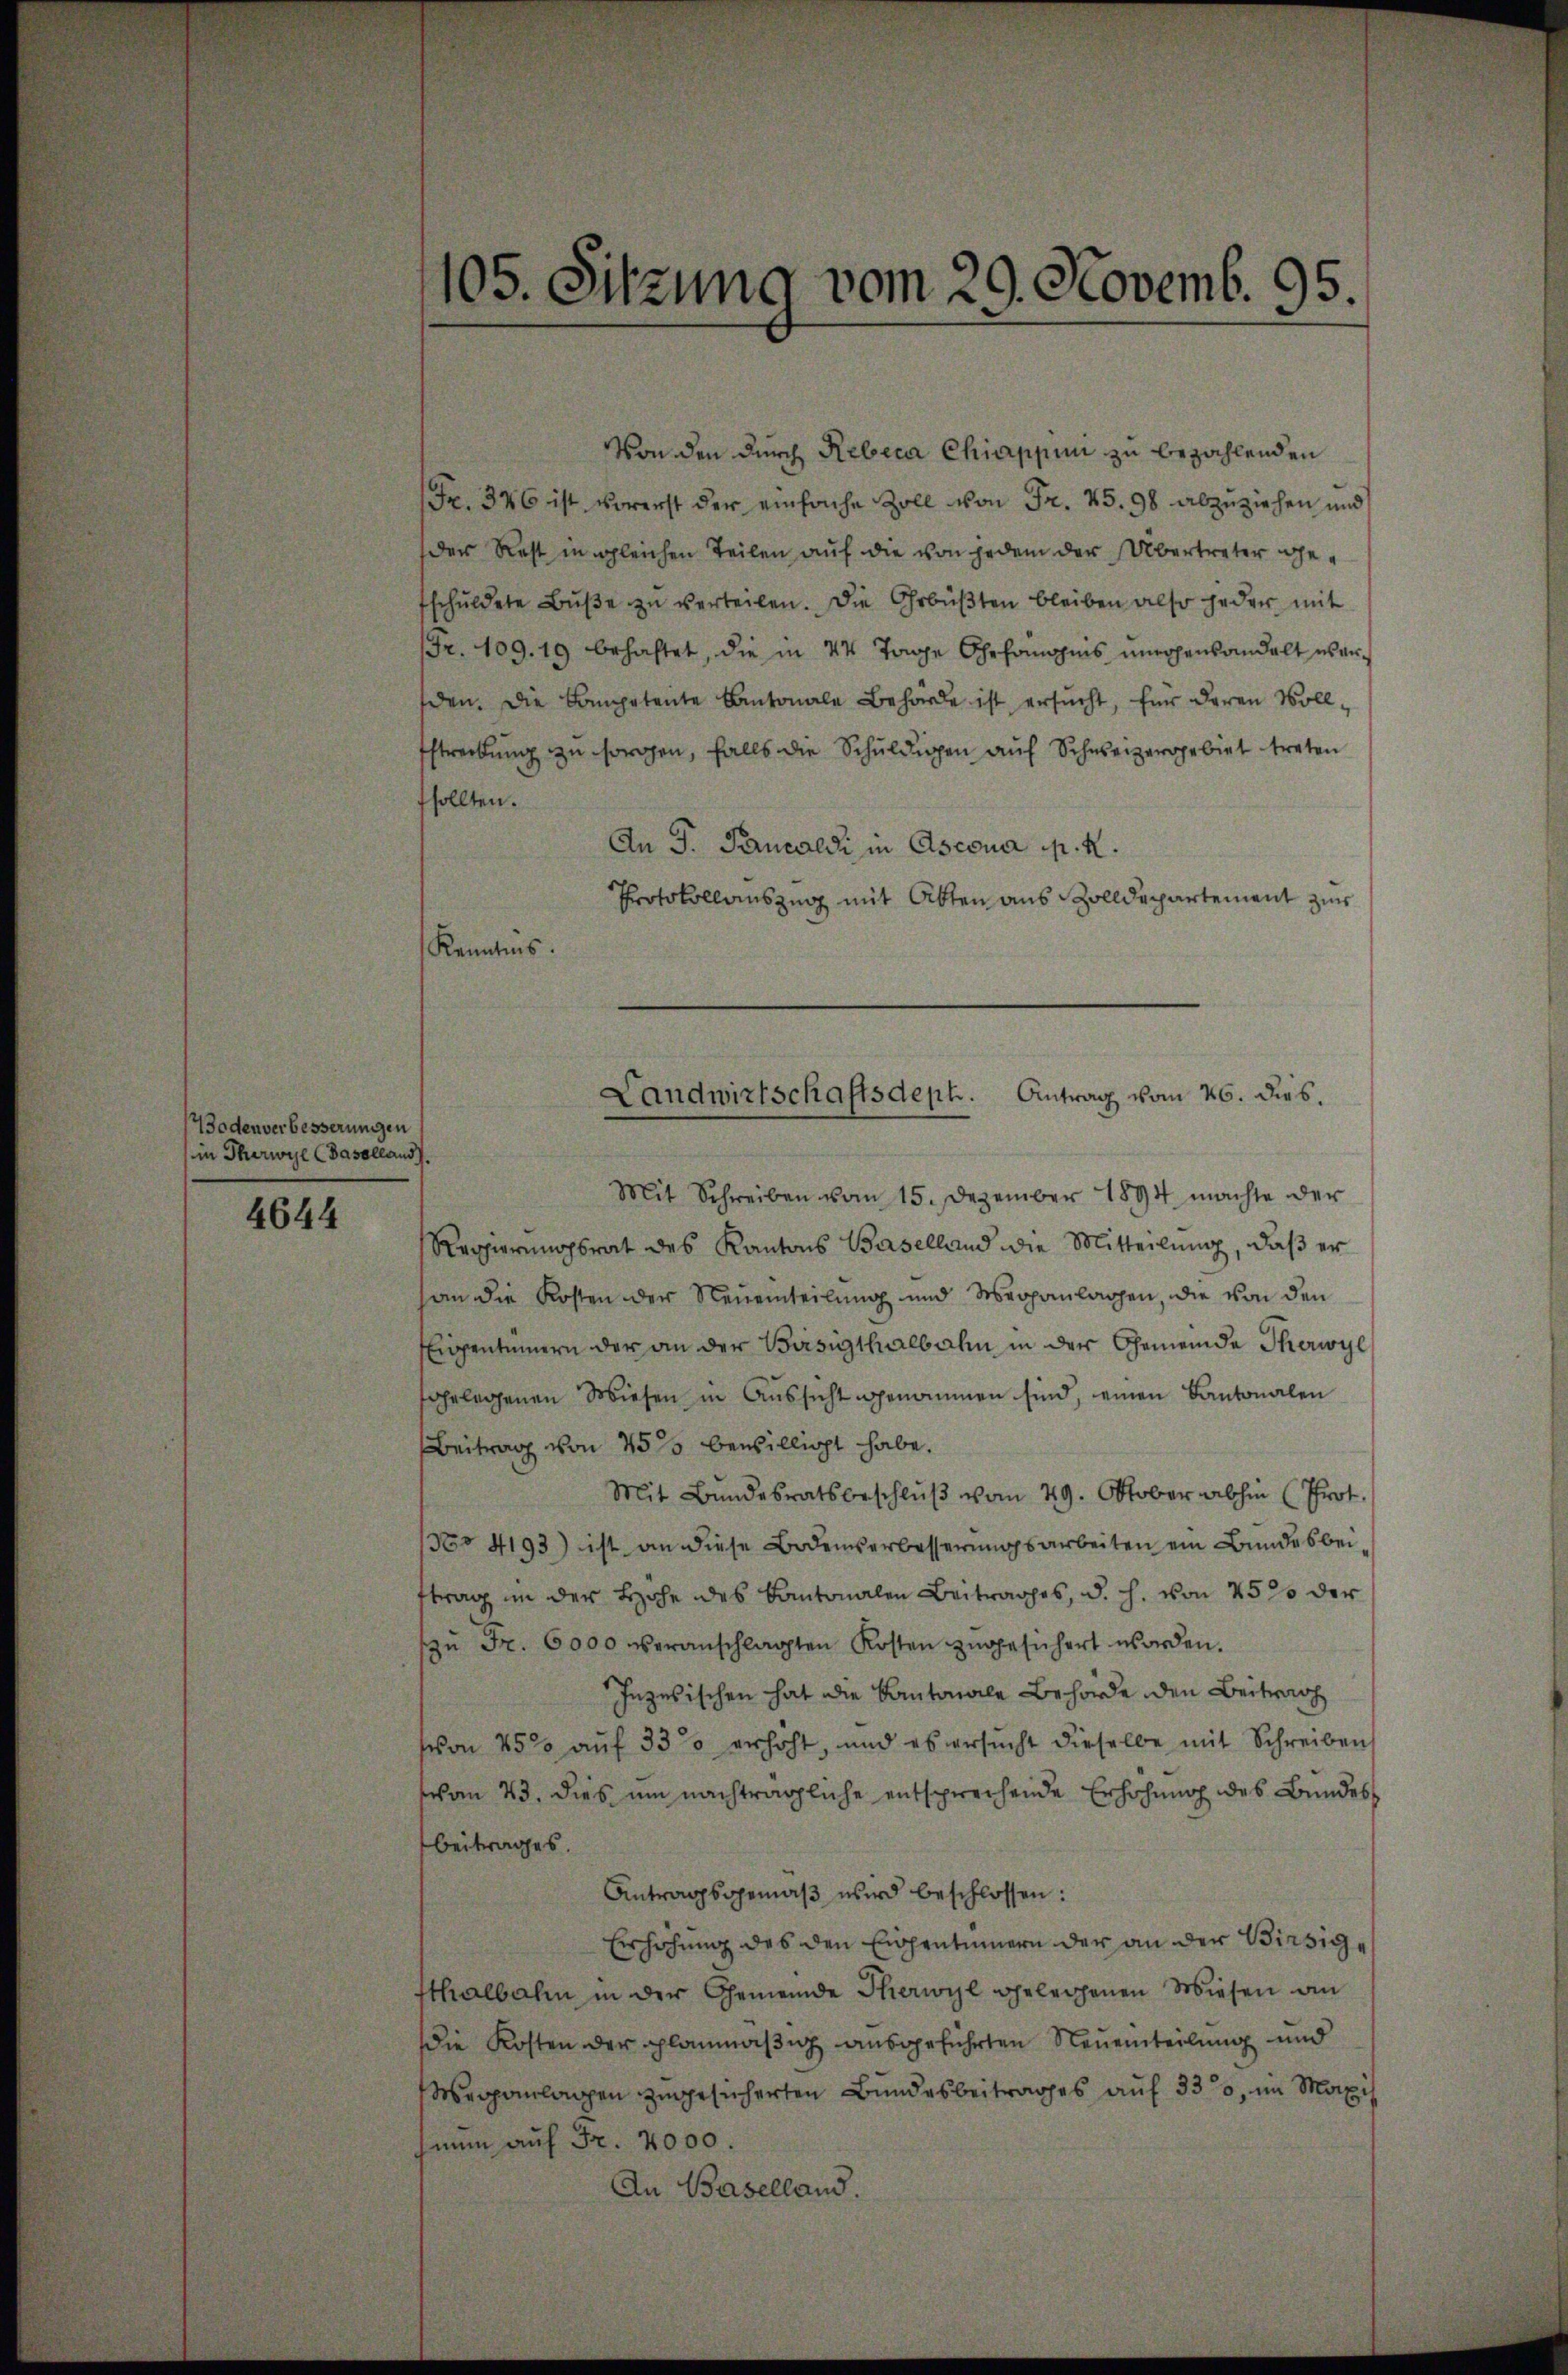
Bodenverbesserungen
in Therwyl (Baselland).
4644

105. Sitzung vom 29. Novemb. 95.

Von den durch Rebeca Chiappen zu bezahlenden
Fr. 326 ist vorerst der einfache Zoll von Fr. 45. 98 abzuziehen und
der Rest in gleichen Teilen auf die von jedem der Übertreter gefschuldete Bŭβe zŭ verteilen. Die Gebüβten bleiben also jeder mit
Fr. 109. 19 behaftet, die in 14 Tage Ehrhöhnis unerhenhandelt es anden. Die Competente Cantonale Behörde ist ersucht, für deren Voll¬
Estreibŭng zŭ sorgen, falls die Schŭldigen auf Schweizergebiet treten
sollten.
An J. Pancaldi in Ascona p. K.
Protokollauszug mit Akten aus Zolldepartement zur
Kenntnis.
Mit Schreiben vom 15. Dezember 1894 machte der
Regierungsrat des Kantons Baselland die Mitteilŭng, daβ er
an die Kosten der Neueinteilung und Meranlagen, die von den
Eigentümern der an der Bisigthalbahn in der Gemeinde Thorwyl
gelegenen Wiesen in Aussicht genommen sind, einen Cantonalen
Beitrag von 45 % bewilligt habe.
Mit Bundesratsbeschlŭβ vom 29. Oktober abhin (Prot
No 4193) ist an diese Bodensverbesserungsarbeiten ein Bundesbeittrag in der Höhe des Kantonalen Beitrages, d. h. von 45 % der
zŭ Fr. 6000 veranschlagten Kosten zugesichert worden.
Inzesischen hat die Kantonale Behörde den Beitrach
sion 450 auf 33 erhöht, und es versucht dieselbe mit Schreiben
schon 43. dies um nachträgliche entsprechende Erhöhung des Bundes
Beitrages.
Antragsgemäβ wird beschlossen:
Erhöhung des den Eigentümern der an der Birsigtthalbahn in der Gemeinde Thorwyl gelegenen Wiesen an
die Kosten der planmäßig ausgeführten Neueinteilung und
Meranlagen zugesicherten Bundesbeitrages auf 330, im Maxis
mum auf Fr. 2000
An Baselland.

Landwirtschaftsdeph. Antrag vom 26. dies.